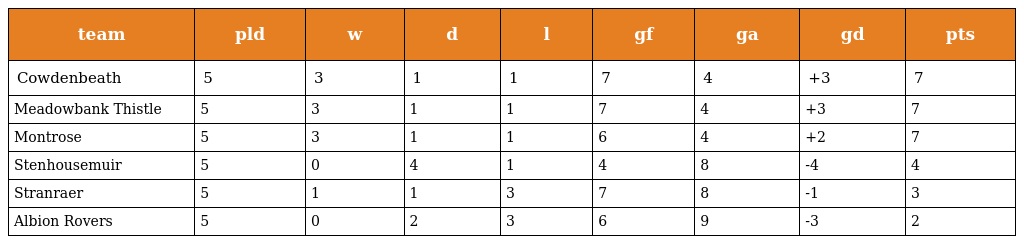
| team | pld | w | d | l | gf | ga | gd | pts |
 | --- | --- | --- | --- | --- | --- | --- | --- | --- |
 | Cowdenbeath | 5 | 3 | 1 | 1 | 7 | 4 | +3 | 7 |
 | Meadowbank Thistle | 5 | 3 | 1 | 1 | 7 | 4 | +3 | 7 |
 | Montrose | 5 | 3 | 1 | 1 | 6 | 4 | +2 | 7 |
 | Stenhousemuir | 5 | 0 | 4 | 1 | 4 | 8 | -4 | 4 |
 | Stranraer | 5 | 1 | 1 | 3 | 7 | 8 | -1 | 3 |
 | Albion Rovers | 5 | 0 | 2 | 3 | 6 | 9 | -3 | 2 |